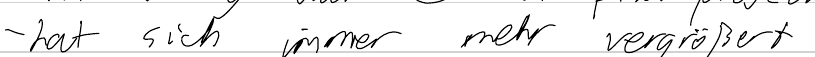
- hat sich immer mehr vergrößert